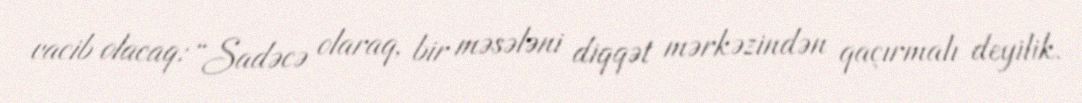
vacib olacaq: “Sadəcə olaraq, bir məsələni diqqət mərkəzindən qaçırmalı deyilik.